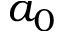
a _ { 0 }